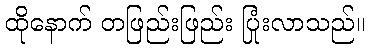
ထိုနောက် တဖြည်းဖြည်း ပြုံးလာသည်။